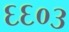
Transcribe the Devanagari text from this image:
६६०३